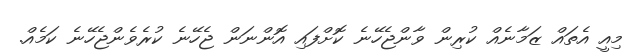
މިއީ އެތައް ޒަމާނެއް ކުރިން ވާންޖެހޭނެ ކޮށްފައި އޮންނަން ޖެހޭނެ ކުރެވެންޖެހޭނެ ކަމެއް.